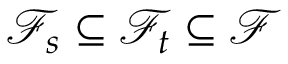
{ \mathcal { F } } _ { s } \subseteq { \mathcal { F } } _ { t } \subseteq { \mathcal { F } }